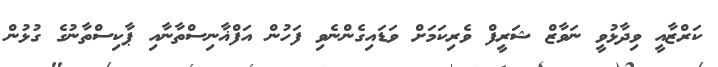
ކަރްޒާއީ ވިދާޅުވީ ނަވާޒް ޝަރީފް ވެރިކަމަށް ވަޑައިގެންނެވި ފަހުން އަފްޣާނިސްތާނާއި ޕާކިސްތާނުގެ ގުޅުން